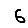
Digit: 6